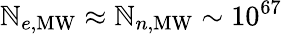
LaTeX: \mathbb{N}_{e,\mathrm{{MW}}}\approx\mathbb{N}_{n,\mathrm{{MW}}}\sim10^{67}